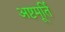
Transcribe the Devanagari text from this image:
अष्टमूर्ति